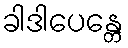
ခါဒါပေန္တေ